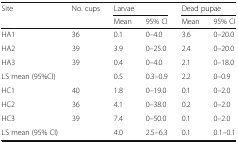
<table><thead><tr><td rowspan="2"><b>Site</b></td><td rowspan="2"><b>No. cups</b></td><td colspan="2"><b>Larvae</b></td><td colspan="2"><b>Dead pupae</b></td></tr><tr><td><b>Mean</b></td><td><b>95% CI</b></td><td><b>Mean</b></td><td><b>95% CI</b></td></tr></thead><tbody><tr><td>HA1</td><td>36</td><td>0.1</td><td>0–4.0</td><td>3.6</td><td>0–20.0</td></tr><tr><td>HA2</td><td>39</td><td>3.9</td><td>0–25.0</td><td>2.4</td><td>0–20.0</td></tr><tr><td>HA3</td><td>39</td><td>0.4</td><td>0–4.0</td><td>2.1</td><td>0–18.0</td></tr><tr><td>LS mean (95%CI)</td><td></td><td>0.5</td><td>0.3–0.9</td><td>2.2</td><td>0–0.9</td></tr><tr><td>HC1</td><td>40</td><td>1.8</td><td>0–19.0</td><td>0.1</td><td>0–2.0</td></tr><tr><td>HC2</td><td>36</td><td>4.1</td><td>0–38.0</td><td>0.2</td><td>0–2.0</td></tr><tr><td>HC3</td><td>39</td><td>7.4</td><td>0–50.0</td><td>0.1</td><td>0–2.0</td></tr><tr><td>LS mean (95% CI)</td><td></td><td>4.0</td><td>2.5–6.3</td><td>0.1</td><td>0.1–0.1</td></tr></tbody></table>